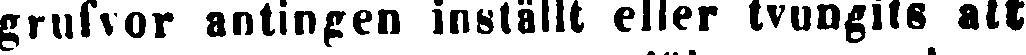
grufvor antingen inställt eller tvungits att